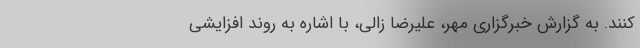
کنند. به گزارش خبرگزاری مهر، علیرضا زالی، با اشاره به روند افزایشی